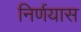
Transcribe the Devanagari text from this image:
निर्णयास